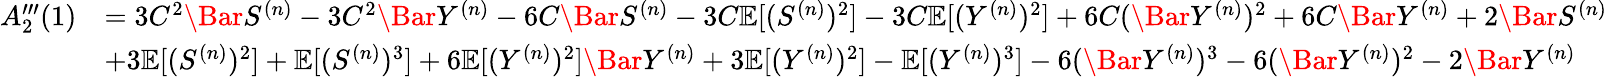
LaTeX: \begin{array}{rl}{A_{2}^{\prime\prime\prime}(1)}&{=3C^{2}\Bar{S}^{(n)}-3C^{2}\Bar{Y}^{(n)}-6C\Bar{S}^{(n)}-3C\mathbb{E}[(S^{(n)})^{2}]-3C\mathbb{E}[(Y^{(n)})^{2}]+6C(\Bar{Y}^{(n)})^{2}+6C\Bar{Y}^{(n)}+2\Bar{S}^{(n)}}\\ &{+3\mathbb{E}[(S^{(n)})^{2}]+\mathbb{E}[(S^{(n)})^{3}]+6\mathbb{E}[(Y^{(n)})^{2}]\Bar{Y}^{(n)}+3\mathbb{E}[(Y^{(n)})^{2}]-\mathbb{E}[(Y^{(n)})^{3}]-6(\Bar{Y}^{(n)})^{3}-6(\Bar{Y}^{(n)})^{2}-2\Bar{Y}^{(n)}}\end{array}